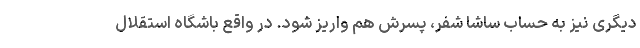
دیگری نیز به حساب ساشا شفر، پسرش هم واریز شود. در واقع باشگاه استقلال